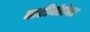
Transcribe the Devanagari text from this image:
पाटीर्बरोबर